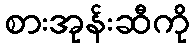
စားအုန်းဆီကို